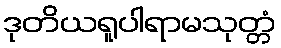
ဒုတိယရူပါရာမသုတ္တံ